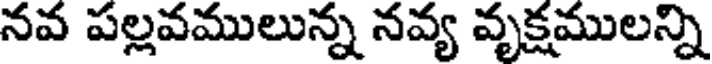
నవ పల్లవములున్న నవ్య వృక్షములన్ని